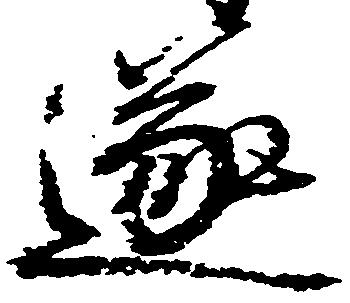
遂